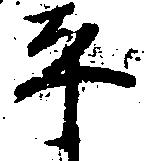
平